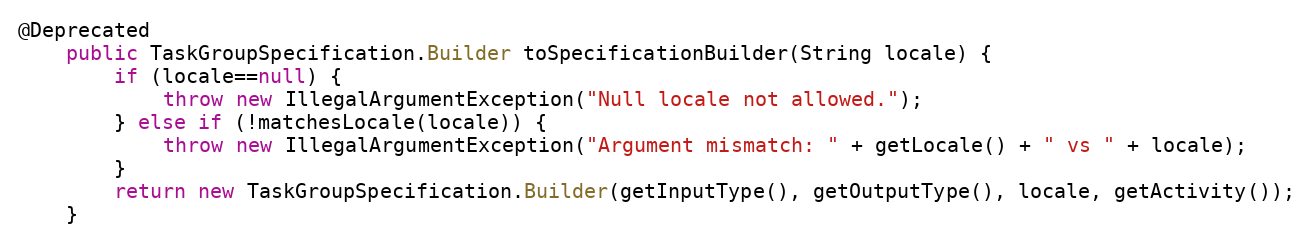
Language: Java
@Deprecated
	public TaskGroupSpecification.Builder toSpecificationBuilder(String locale) {
		if (locale==null) {
			throw new IllegalArgumentException("Null locale not allowed.");
		} else if (!matchesLocale(locale)) {
			throw new IllegalArgumentException("Argument mismatch: " + getLocale() + " vs " + locale);
		}
		return new TaskGroupSpecification.Builder(getInputType(), getOutputType(), locale, getActivity());
	}